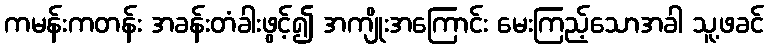
ကမန်းကတန်း အခန်းတံခါးဖွင့်၍ အကျိုးအကြောင်း မေးကြည့်သောအခါ သူ့ဖခင်